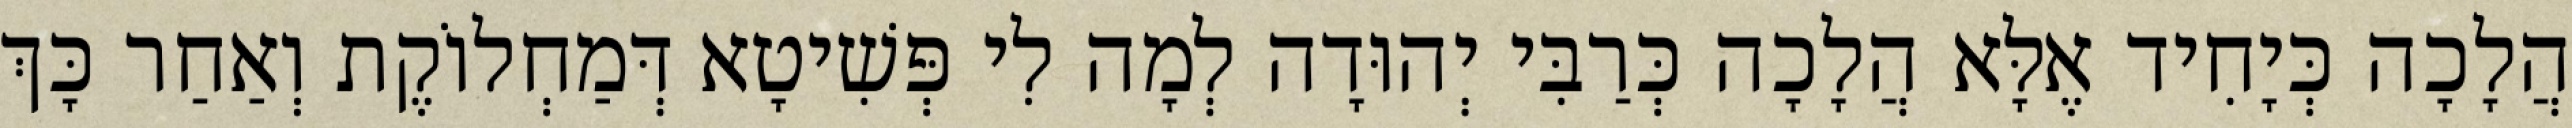
הֲלָכָה כְּיָחִיד אֶלָּא הֲלָכָה כְּרַבִּי יְהוּדָה לְמָה לִי פְּשִׁיטָא דְּמַחְלוֹקֶת וְאַחַר כָּךְ